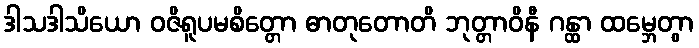
ဒါသဒါသိယော ဝဇိရူပမစိတ္တော ဓာတုတောတိ ဘုတ္တာဝိနီ ဂန္ထာ ထမ္ဘေတွာ